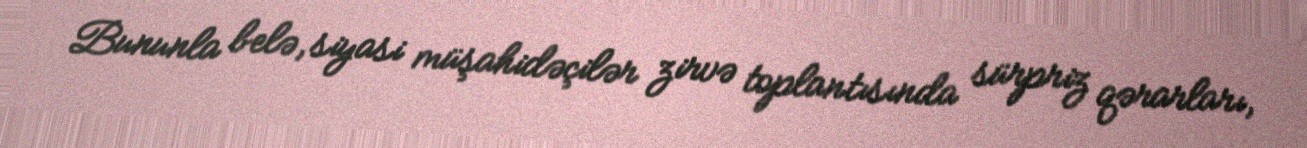
Bununla belə, siyasi müşahidəçilər zirvə toplantısında sürpriz qərarları,